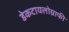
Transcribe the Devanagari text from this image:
डेकटायलोग्राफी